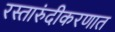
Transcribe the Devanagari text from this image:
रस्तारुंदीकरणात